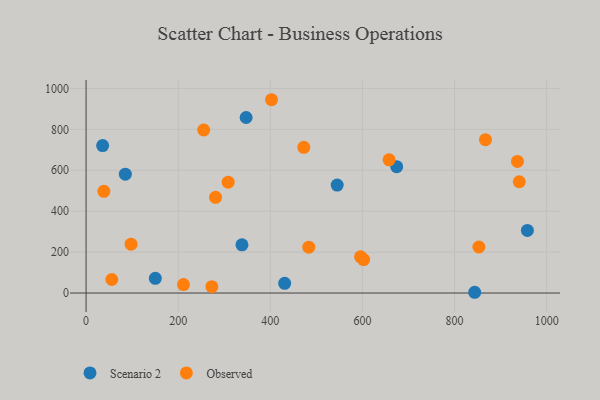
{"axis": {"x": "Speed", "y": "Rating"}, "legend": ["Observed", "Scenario 2"], "data": [{"x": "958.2", "y": 305.7, "type": "Scenario 2"}, {"x": "674.4", "y": 617.4, "type": "Scenario 2"}, {"x": "338.5", "y": 235.4, "type": "Scenario 2"}, {"x": "431.2", "y": 47.4, "type": "Scenario 2"}, {"x": "150.3", "y": 71.8, "type": "Scenario 2"}, {"x": "85.2", "y": 580.9, "type": "Scenario 2"}, {"x": "545.2", "y": 527.4, "type": "Scenario 2"}, {"x": "843.8", "y": 3.7, "type": "Scenario 2"}, {"x": "347.5", "y": 857.7, "type": "Scenario 2"}, {"x": "35.9", "y": 720.5, "type": "Scenario 2"}, {"x": "852.9", "y": 225.0, "type": "Observed"}, {"x": "602.7", "y": 163.6, "type": "Observed"}, {"x": "308.5", "y": 541.8, "type": "Observed"}, {"x": "281.1", "y": 467.4, "type": "Observed"}, {"x": "55.8", "y": 66.0, "type": "Observed"}, {"x": "97.7", "y": 238.7, "type": "Observed"}, {"x": "483.5", "y": 224.1, "type": "Observed"}, {"x": "940.6", "y": 543.8, "type": "Observed"}, {"x": "867.2", "y": 749.2, "type": "Observed"}, {"x": "273.1", "y": 31.0, "type": "Observed"}, {"x": "211.5", "y": 41.3, "type": "Observed"}, {"x": "255.4", "y": 796.6, "type": "Observed"}, {"x": "402.6", "y": 944.5, "type": "Observed"}, {"x": "657.9", "y": 650.9, "type": "Observed"}, {"x": "596.0", "y": 176.9, "type": "Observed"}, {"x": "38.6", "y": 497.0, "type": "Observed"}, {"x": "936.7", "y": 643.0, "type": "Observed"}, {"x": "472.7", "y": 712.1, "type": "Observed"}]}